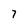
Character: 7